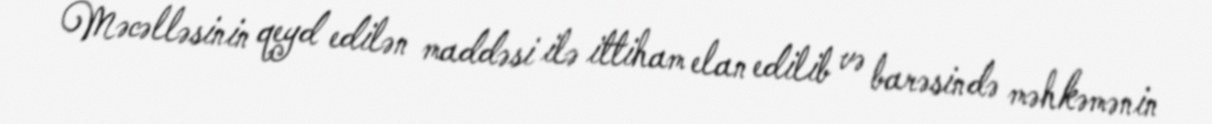
Məcəlləsinin qeyd edilən maddəsi ilə ittiham elan edilib və barəsində məhkəmənin